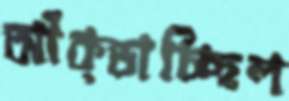
আঁক্‌ড়াচ্ছিল